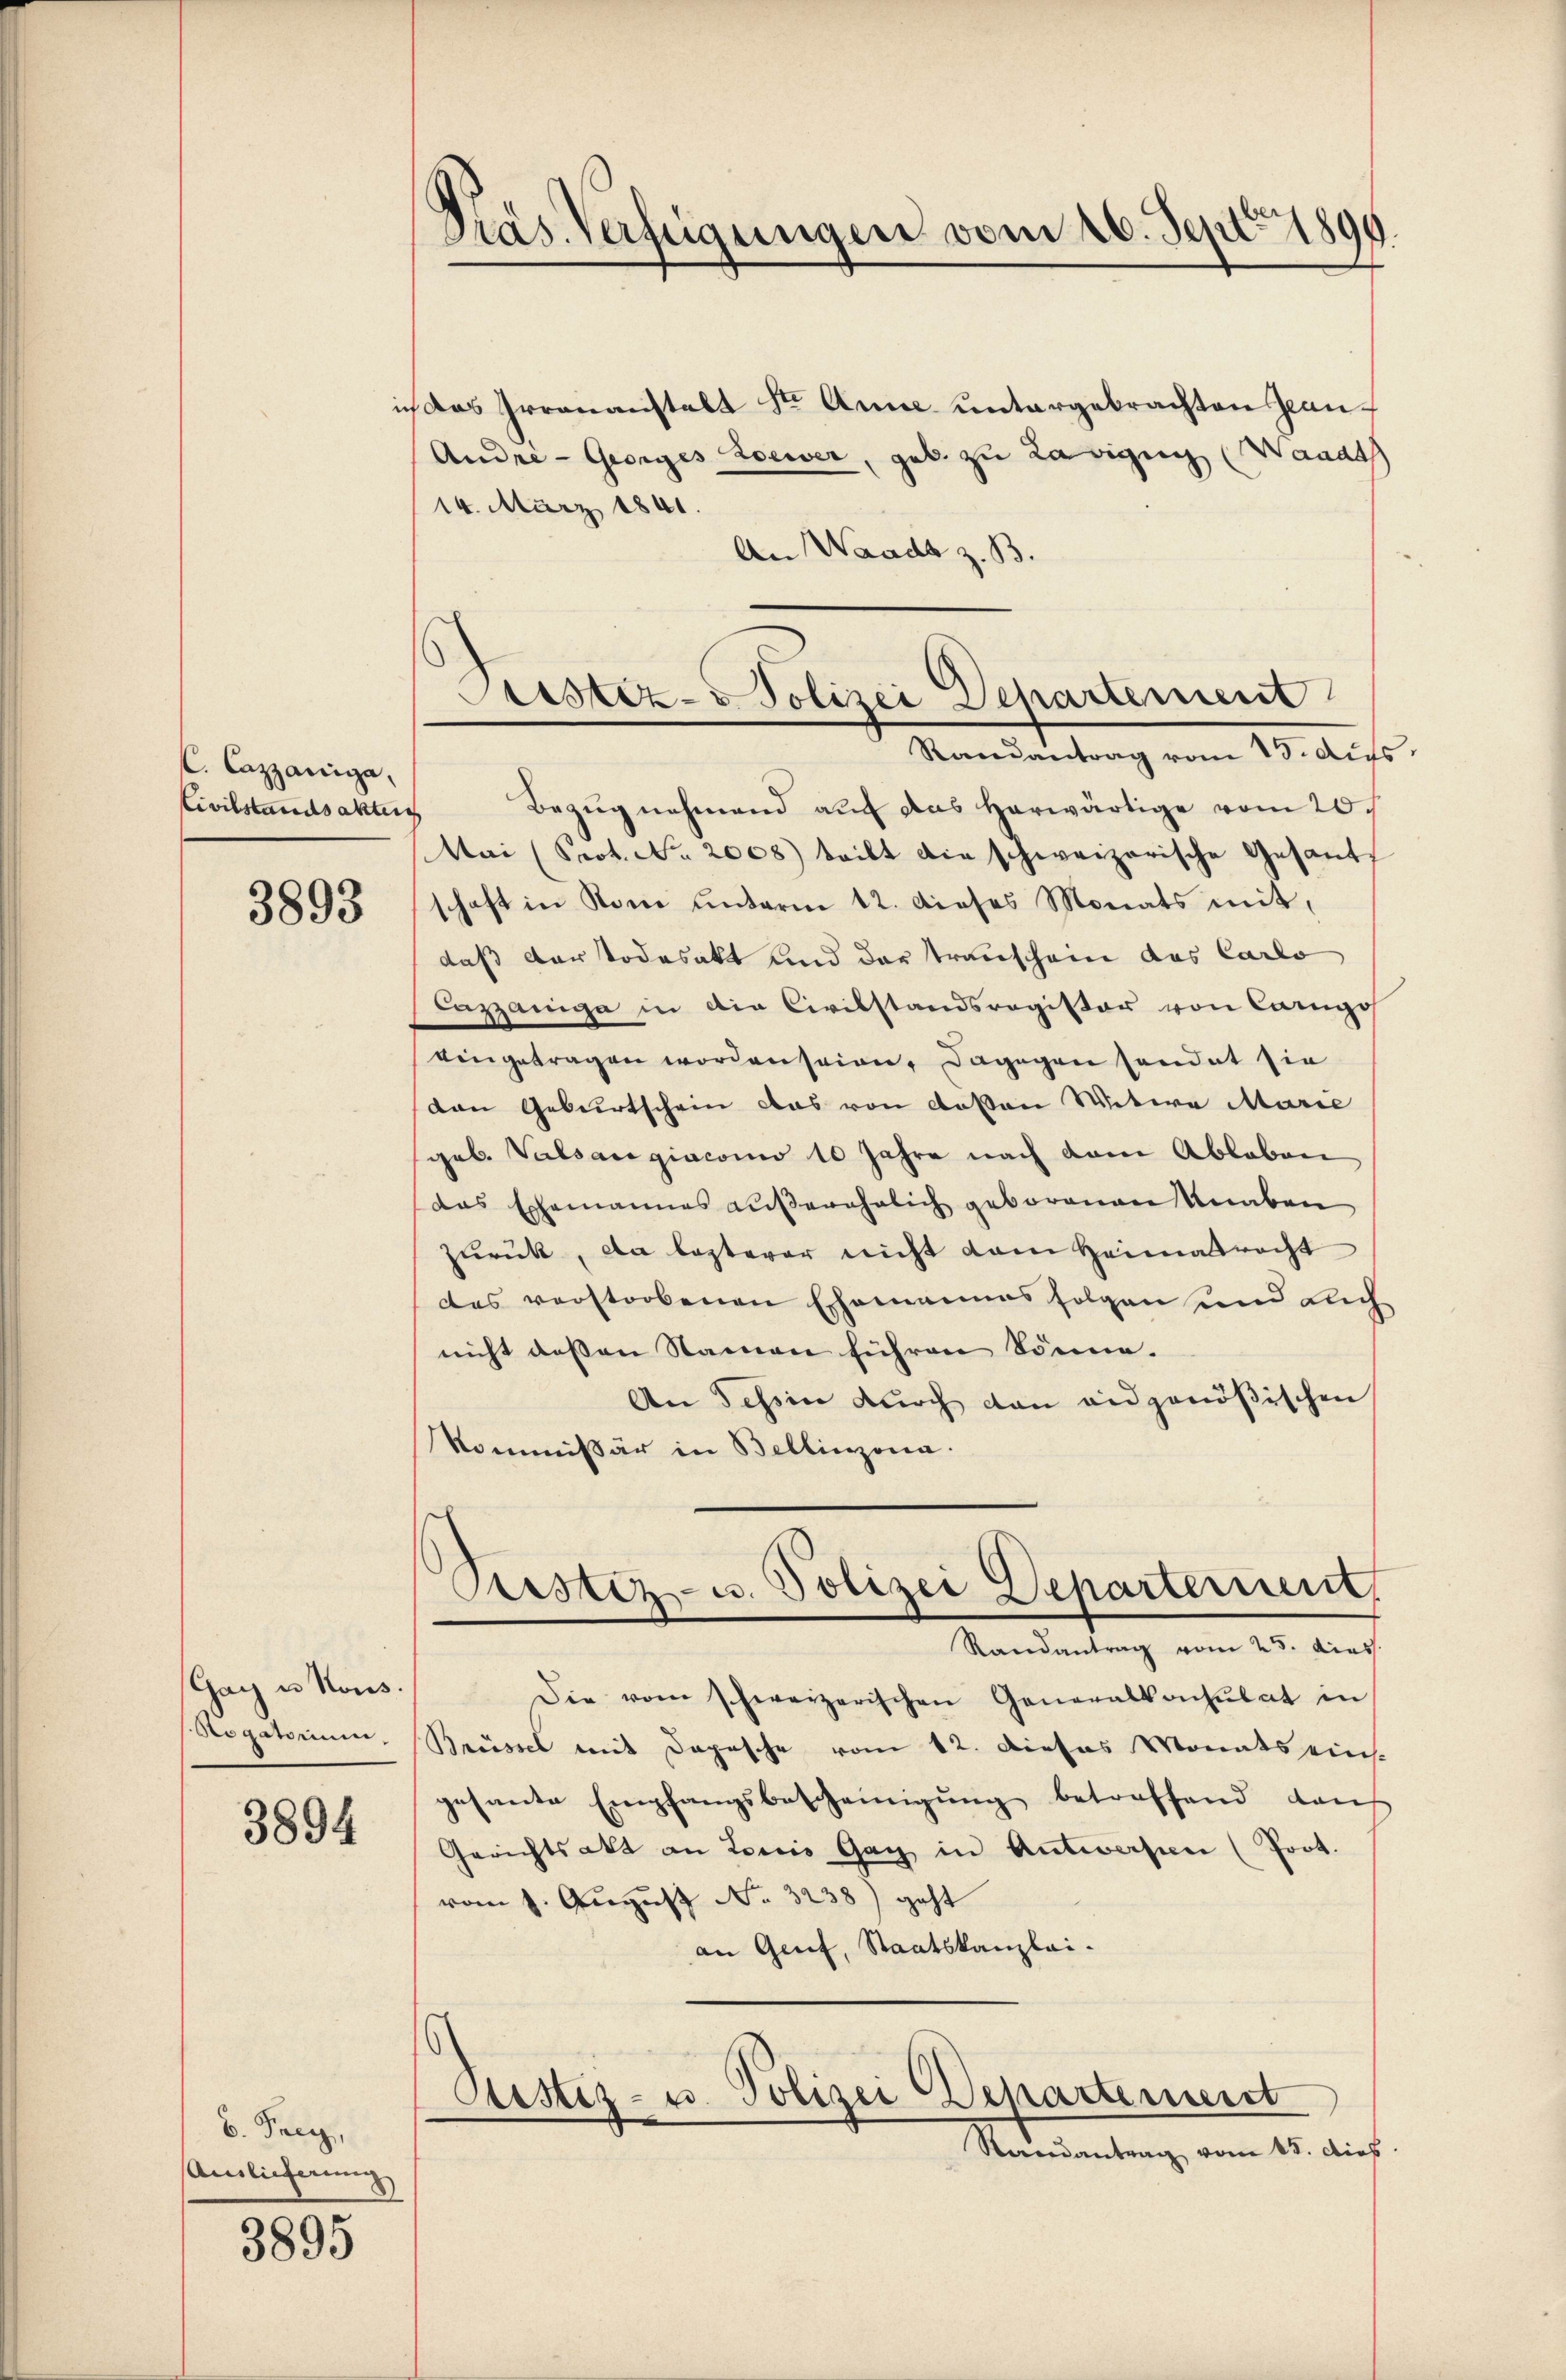
l. Cazzaniga,
Civilstandsakten

3893

.

Gay u Nous.
Rogatorium,

3894

v. Frey,
Amlicherung

3895

Präs. Verfügungen vom 20. Sept. 1890.

Sistiz- & Polizei Departement
Randantrag vom 23. Aus

Das Irrenanstalt Ster Anne untergebrachten Jean¬
Andre - Georges Zoewer, geb. zu Radigung (Wanat
14. März 1841.
An Waadt z. B.
Bezug nehmend auf das herwärtige vom 20.
MMai (Srot. No. 2008) teilt die schweizerische Gesandt
schaft in Rom unterm 12. dieses Monats mit,
daß dar todasakt und der Transchein das Carlo
Cazzaniga in die Civilstandsregister von Carges
eingetragen worden seien, dagegen sendet sie
den Geburtschein das von Rosen Witwe Marie
gob. Valsangiacomo 10 Jahre nach dem Ableben
das Exemannes außerehelich geborenen Knaben
zŭrück, da lezterer nicht dem Heimatracht
des verstorbenen Ehemannes folgen und auch
nicht dessen Namen führen könne.
An Tessin durch dan eidgenößischen
kommissär in Bellinzona.
.
ustiz- u. Polizei Departernent
Randantrag vom 25. dies
Die vom schweizerischen Generalkonsulat in
Brüssel mit Depesche vom 12. Dieses Monats eins
gesante Empfangsbescheinigŭng betreffend dan
Gerichtsakt an Lois Gag in Antworfen (Prot.
vom 1. August No. 3238) geht
an Genf, Staatskanzlei-
Justiz- u. Polizei Departement
Randantrag vom 15. dies